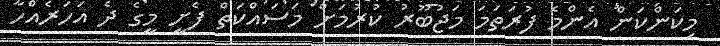
މިކަންކަން އެންމެ ފުރަތަމަ މަޖުބޫރު ކުރުމަށް މަސަައްކަތް ފެށީ މީގެ ދެ އަހަރެއްހާ